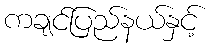
ကချင်ပြည်နယ်နှင့်